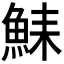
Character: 𫙛